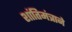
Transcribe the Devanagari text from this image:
शांतिमंत्राने